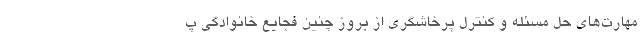
مهارت‌های حل مسئله و کنترل پرخاشگری از بروز چنین فجایع خانوادگی پ